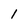
Character: l